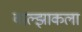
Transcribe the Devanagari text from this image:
बाल्झाकला